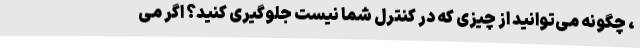
، چگونه می‌توانید از چیزی که در کنترل شما نیست جلوگیری کنید؟ اگر می